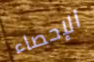
الإحصاء